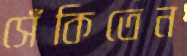
সেঁকিতেন